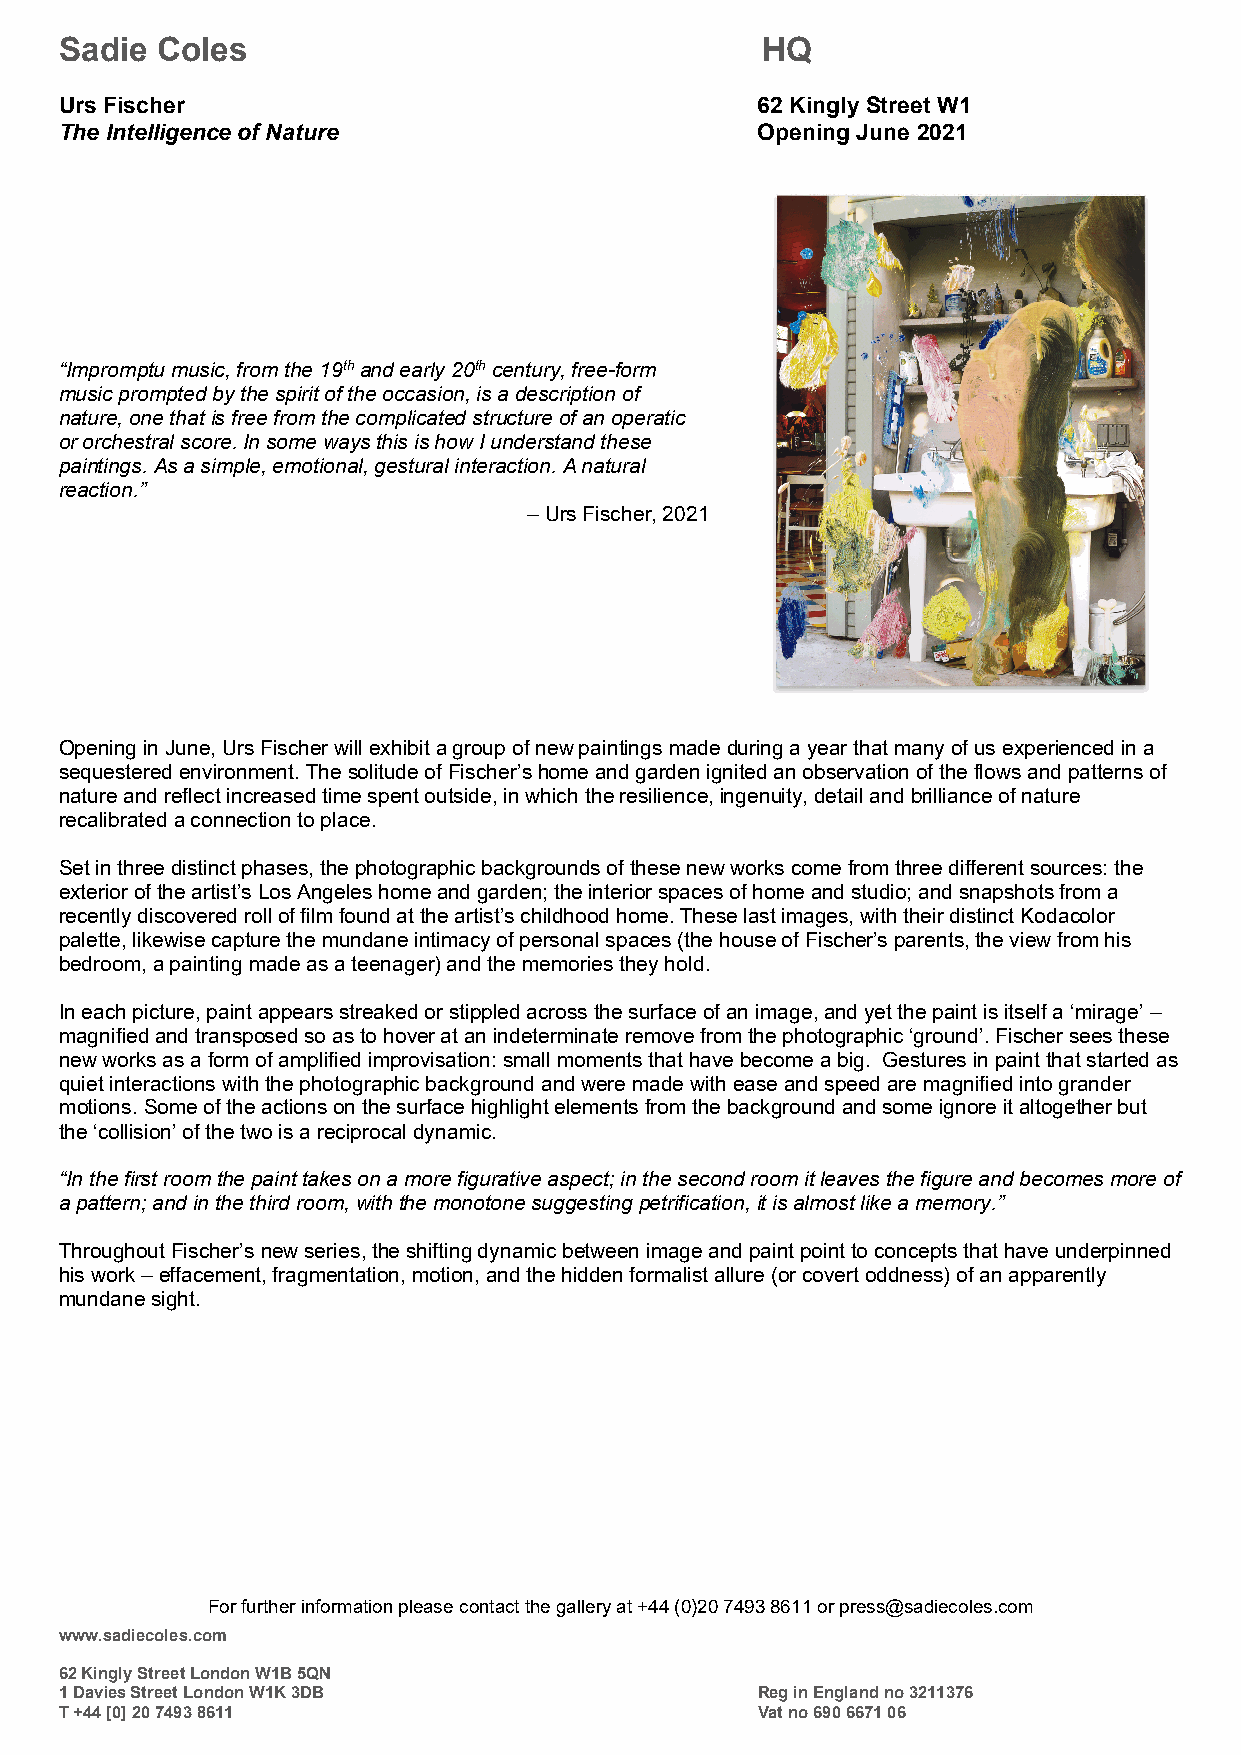
Sadie Coles                                   HQ
 Urs Fischer                                   62 Kingly Street W1
 The Intelligence of Nature                    Opening June 2021
 “Impromptu music, from the 19th and early 20th century, free-form
 music prompted by the spirit of the occasion, is a description of
 nature, one that is free from the complicated structure of an operatic
 or orchestral score. In some ways this is how I understand these
 paintings. As a simple, emotional, gestural interaction. A natural
 reaction.”
 – Urs Fischer, 2021
 Opening in June, Urs Fischer will exhibit a group of new paintings made during a year that many of us experienced in a
 sequestered environment. The solitude of Fischer’s home and garden ignited an observation of the flows and patterns of
 nature and reflect increased time spent outside, in which the resilience, ingenuity, detail and brilliance of nature
 recalibrated a connection to place.
 Set in three distinct phases, the photographic backgrounds of these new works come from three different sources: the
 exterior of the artist’s Los Angeles home and garden; the interior spaces of home and studio; and snapshots from a
 recently discovered roll of film found at the artist’s childhood home. These last images, with their distinct Kodacolor
 palette, likewise capture the mundane intimacy of personal spaces (the house of Fischer’s parents, the view from his
 bedroom, a painting made as a teenager) and the memories they hold.
 In each picture, paint appears streaked or stippled across the surface of an image, and yet the paint is itself a ‘mirage’ –
 magnified and transposed so as to hover at an indeterminate remove from the photographic ‘ground’. Fischer sees these
 new works as a form of amplified improvisation: small moments that have become a big. Gestures in paint that started as
 quiet interactions with the photographic background and were made with ease and speed are magnified into grander
 motions. Some of the actions on the surface highlight elements from the background and some ignore it altogether but
 the ‘collision’ of the two is a reciprocal dynamic.
 “In the first room the paint takes on a more figurative aspect; in the second room it leaves the figure and becomes more of
 a pattern; and in the third room, with the monotone suggesting petrification, it is almost like a memory.”
 Throughout Fischer’s new series, the shifting dynamic between image and paint point to concepts that have underpinned
 his work – effacement, fragmentation, motion, and the hidden formalist allure (or covert oddness) of an apparently
 mundane sight.
 For further information please contact the gallery at +44 (0)20 7493 8611 or press@sadiecoles.com
 www.sadiecoles.com
 62 Kingly Street London W1B 5QN
 1 Davies Street London W1K 3DB                Reg in England no 3211376
 T +44 [0] 20 7493 8611                        Vat no 690 6671 06